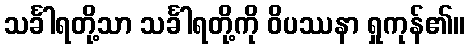
သင်္ခါရတို့သာ သင်္ခါရတို့ကို ဝိပဿနာ ရှုကုန်၏။